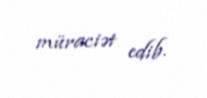
müraciət edib.